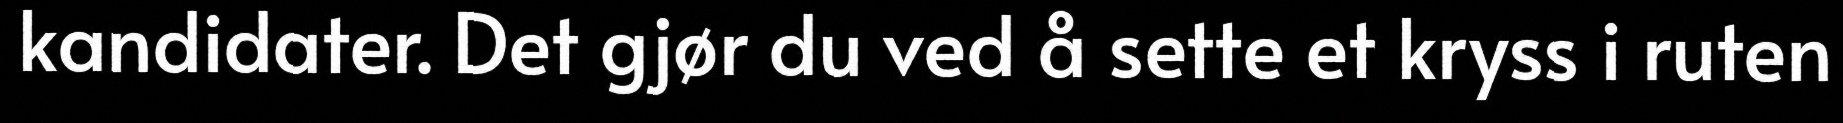
kandidater. Det gjør du ved å sette et kryss i ruten